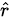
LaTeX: \scriptstyle{\hat{r}}